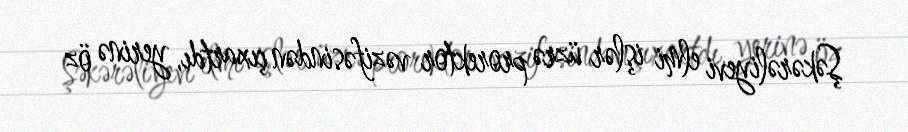
Şəkərəliyevi elmi işlər üzrə prorektor vəzifəsindən çıxartdı, yerinə öz